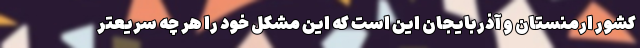
کشور ارمنستان و آذربایجان این است که این مشکل خود را هر چه سریعتر